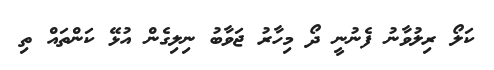
ކަލޯ ރިލުވާނު ފެނުނީ ދޯ މިހާާރު ޖަވާބު ނިލިގެން އުޅޭ ކަންތައް ތި